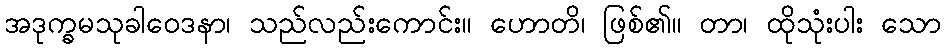
အဒုက္ခမသုခါဝေဒနာ၊ သည်လည်းကောင်း။ ဟောတိ၊ ဖြစ်၏။ တာ၊ ထိုသုံးပါး သော